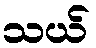
သယ်